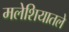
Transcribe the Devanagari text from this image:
मलेशियातले